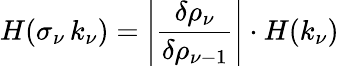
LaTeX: H(\sigma_{\nu}\, k_{\nu})=\left|\frac{\delta\rho_{\nu}}{\delta\rho_{\nu-1}}\right|\cdot{H}(k_{\nu})